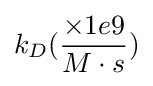
k_{D}({\frac {\times 1e9}{M\cdot s}})